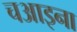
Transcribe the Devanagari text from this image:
चआइना